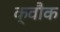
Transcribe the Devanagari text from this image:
क्वौक